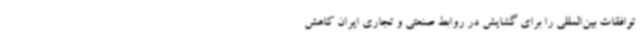
توافقات بین‌المللی را برای گشایش در روابط صنعتی و تجاری ایران کاهش